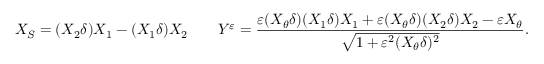
X _ { S } = ( X _ { 2 } \delta ) X _ { 1 } - ( X _ { 1 } \delta ) X _ { 2 } \qquad Y ^ { \varepsilon } = \frac { \varepsilon ( X _ { \theta } \delta ) ( X _ { 1 } \delta ) X _ { 1 } + \varepsilon ( X _ { \theta } \delta ) ( X _ { 2 } \delta ) X _ { 2 } - \varepsilon X _ { \theta } } { \sqrt { 1 + \varepsilon ^ { 2 } ( X _ { \theta } \delta ) ^ { 2 } } } .